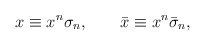
\begin{align*}x\equiv x^{n}\sigma _{n},\qquad \bar{x}\equiv x^{n}\bar{\sigma}_{n},\end{align*}